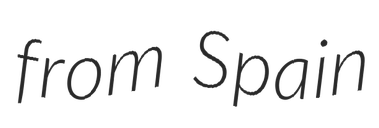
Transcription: from Spain